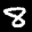
Label: 8